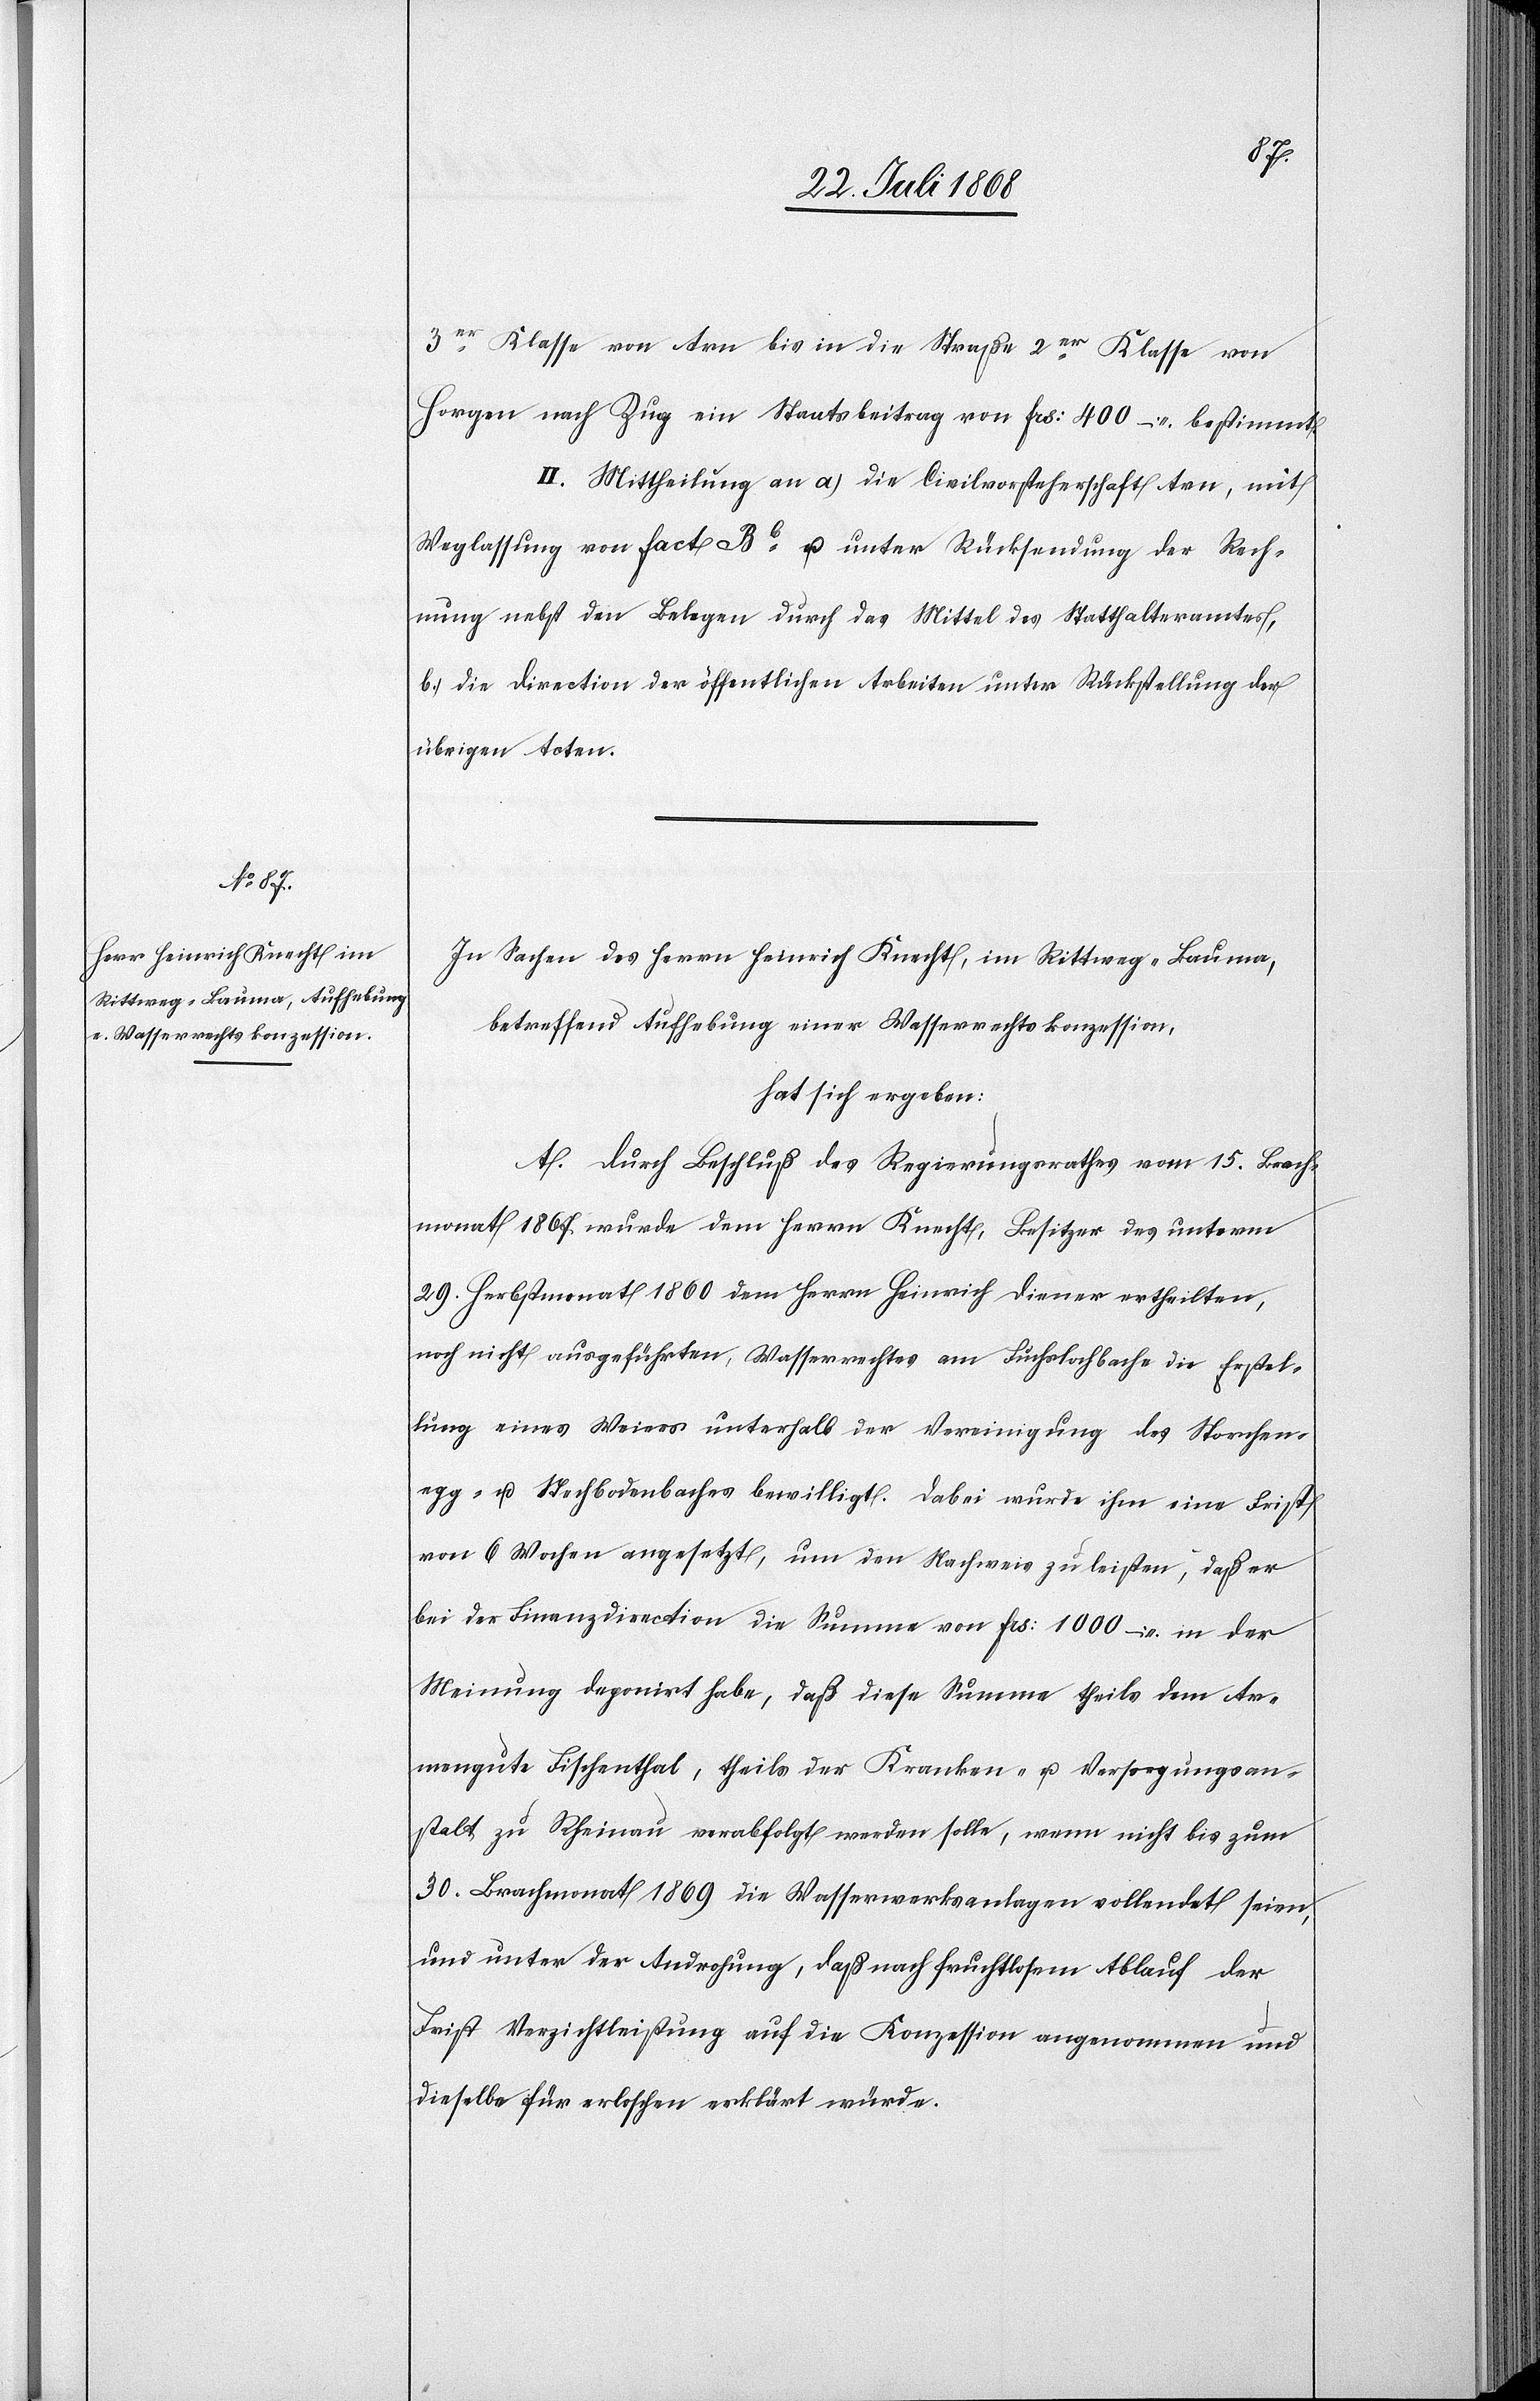
3er Klasse von Arn bis in die Straße 2er Klasse von
Horgen nach Zug ein Staatsbeitrag von Frs: 400 – bestimmt.
II. Mittheilung an a.) die Civilvorsteherschaft Arn, mit
Weglassung von Fact Bb u. unter Rücksendung der Rech¬
nung nebst den Belegen durch das Mittel des Statthalteramtes,
b.) die Direction der öffentlichen Arbeiten unter Rückstellung der
übrigen Acten.
In Sachen des Herrn Heinrich Knecht, im Rittweg - Bauma,
betreffend Aufhebung einer Wasserrechtskonzession,
hat sich ergeben:
A. Durch Beschluß des Regierungsrathes vom 15. Brach¬
monat 1867 wurde dem Herrn Knecht, Besitzer des unterm
29. Herbstmonat 1860 dem Herrn Heinrich Diener ertheilten,
noch nicht ausgeführten, Wasserrechtes am Fuchslochbache die Erstel¬
lung eines Weiers unterhalb der Vereinigung des Storchen¬
egg- u. Stechbodenbaches bewilligt. Dabei wurde ihm eine Frist
von 6 Wochen angesetzt, um den Nachweis zu leisten, daß er
bei der Finanzdirection die Summe von Frs: 1000 – in der
Meinung deponirt habe, daß diese Summe theils dem Ar¬
mengute Fischenthal, theils der Kranken- u. Versorgungsan¬
stalt zu Rheinau verabfolgt werden solle, wenn nicht bis zum
30. Brachmonat 1869 die Wasserwerksanlagen vollendet seien,
und unter der Androhung, daß nach fruchtlosem Ablauf der
Frist Verzichtleistung auf die Konzession angenommen und
dieselbe für erloschen erklärt würde.